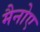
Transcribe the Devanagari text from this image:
मैनोए